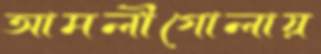
আমলীগোলায়